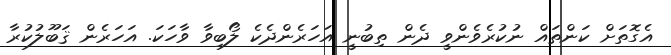
އެގޮތަށް ކަންތައް ނުކުރެވެންވީ ދެން ތިބުނީ އަހަރެންދެކެ ލޯބިވާ ވާހަކަ. އަހަރެން ޤަބޫލުކުރާ